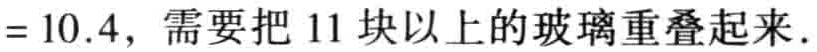
$=10.4$，需要把 11 块以上的玻璃重叠起来.